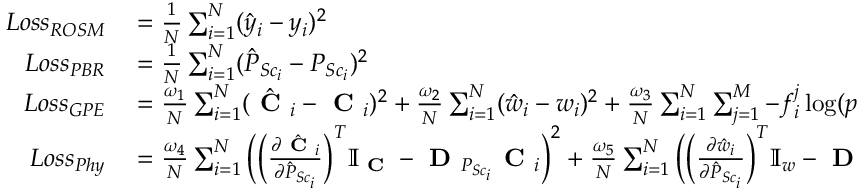
\begin{array} { r l } { L o s s _ { R O S M } } & { { } = \frac { 1 } { N } \sum _ { i = 1 } ^ { N } ( \hat { y } _ { i } - y _ { i } ) ^ { 2 } } \\ { L o s s _ { P B R } } & { { } = \frac { 1 } { N } \sum _ { i = 1 } ^ { N } ( \hat { P } _ { { S c } _ { i } } - P _ { { S c } _ { i } } ) ^ { 2 } } \\ { L o s s _ { G P E } } & { { } = \frac { \omega _ { 1 } } { N } \sum _ { i = 1 } ^ { N } ( \hat { \textbf { C } } _ { i } - \textbf { C } _ { i } ) ^ { 2 } + \frac { \omega _ { 2 } } { N } \sum _ { i = 1 } ^ { N } ( \hat { w } _ { i } - w _ { i } ) ^ { 2 } + \frac { \omega _ { 3 } } { N } \sum _ { i = 1 } ^ { N } \sum _ { j = 1 } ^ { M } - f _ { i } ^ { j } \log ( p ( \hat { f } _ { i } ^ { j } ) ) } \\ { L o s s _ { P h y } } & { { } = \frac { \omega _ { 4 } } { N } \sum _ { i = 1 } ^ { N } \Big ( \Big ( \frac { \partial \hat { \textbf { C } } _ { i } } { \partial \hat { P } _ { { S c } _ { i } } } \Big ) ^ { T } \mathbb { I } _ { \textbf { C } } - \textbf { D } _ { P _ { { S c } _ { i } } } \textbf { C } _ { i } \Big ) ^ { 2 } + \frac { \omega _ { 5 } } { N } \sum _ { i = 1 } ^ { N } \Big ( \Big ( \frac { \partial \hat { w } _ { i } } { \partial \hat { P } _ { { S c } _ { i } } } \Big ) ^ { T } \mathbb { I } _ { w } - \textbf { D } _ { P _ { { S c } _ { i } } } w _ { i } \Big ) ^ { 2 } } \end{array}